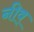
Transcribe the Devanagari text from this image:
नीव्